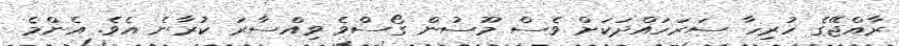
ރާއްޖޭގެ ހުރިހާ ސަރަހައްދަކަށް ވެސް މޫސުން ގޯސްވެ ވިއްސާރަ ކުރާނެ އެވެ. އެންމެ